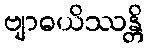
ဗျာဓယိဿန္တိ